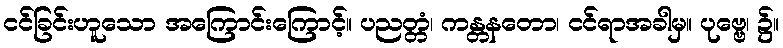
ငင်ခြင်းဟူသော အကြောင်းကြောင့်။ ပညတ္တံ၊ ကန္တနတော၊ ငင်ရာအခါမှ။ ပုဗ္ဗေ၊ ၌။